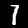
Label: 7